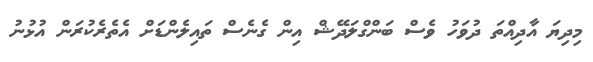
މިދިޔަ އާދިއްތަ ދުވަހު ވެސް ބަންގްލަދޭޝް އިން ގެނެސް ތައިލެންޑަށް އެތެރެކުރަން އުޅުނު